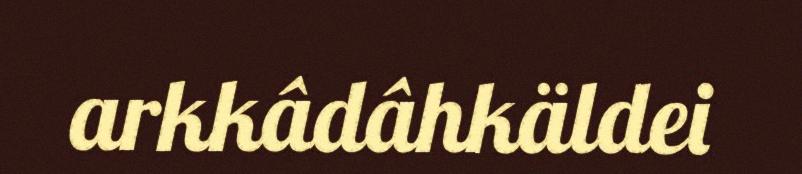
arkkâdâhkäldei